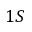
1 S